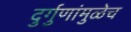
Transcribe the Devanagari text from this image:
दुर्गुणांमुळेच